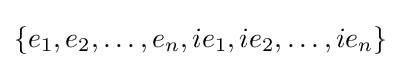
\left\{e_{1},e_{2},\dots ,e_{n},ie_{1},ie_{2},\dots ,ie_{n}\right\}